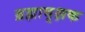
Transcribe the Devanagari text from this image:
ब्रह्मावृक्षक